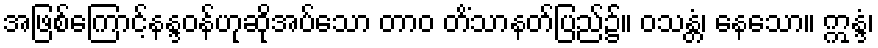
အဖြစ်ကြောင့်နန္ဒဝန်ဟုဆိုအပ်သော တာဝ တိံသာနတ်ပြည်၌။ ဝသန္တံ၊ နေသော။ ဣန္ဒံ၊